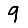
Digit: 9